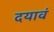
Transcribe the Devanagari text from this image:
दयावं